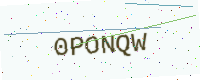
Text: 0PONQW